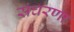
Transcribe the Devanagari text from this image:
संचरणा